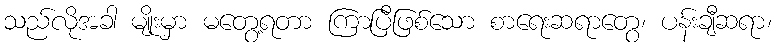
သည်လိုအခါ မျိုးမှာ မတွေ့ရတာ ကြာပြီဖြစ်သော စာရေးဆရာတွေ၊ ပန်းချီဆရာ၊